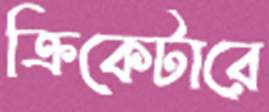
ক্রিকেটারে